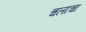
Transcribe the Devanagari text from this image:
चलाचा